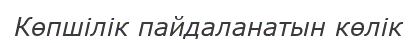
Көпшілік пайдаланатын көлік